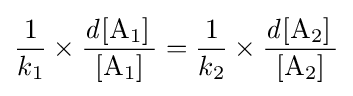
{1 \over k_{1}}\times {\ce {{\mathit {d}}[A1] \over [A1]}}={1 \over k_{2}}\times {\ce {{\mathit {d}}[A2] \over [A2]}}